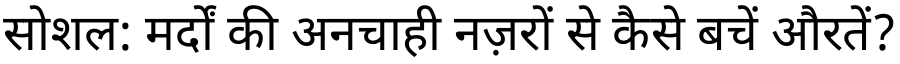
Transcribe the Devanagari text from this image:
सोशल: मर्दों की अनचाही नज़रों से कैसे बचें औरतें?